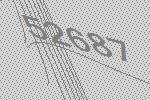
52687